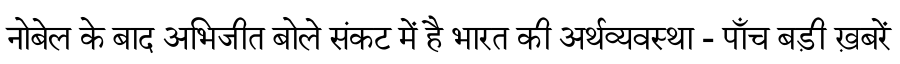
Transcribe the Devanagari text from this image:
नोबेल के बाद अभिजीत बोले संकट में है भारत की अर्थव्यवस्था - पाँच बड़ी ख़बरें